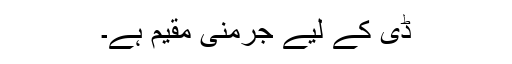
ڈی کے لیے جرمنی مقیم ہے۔